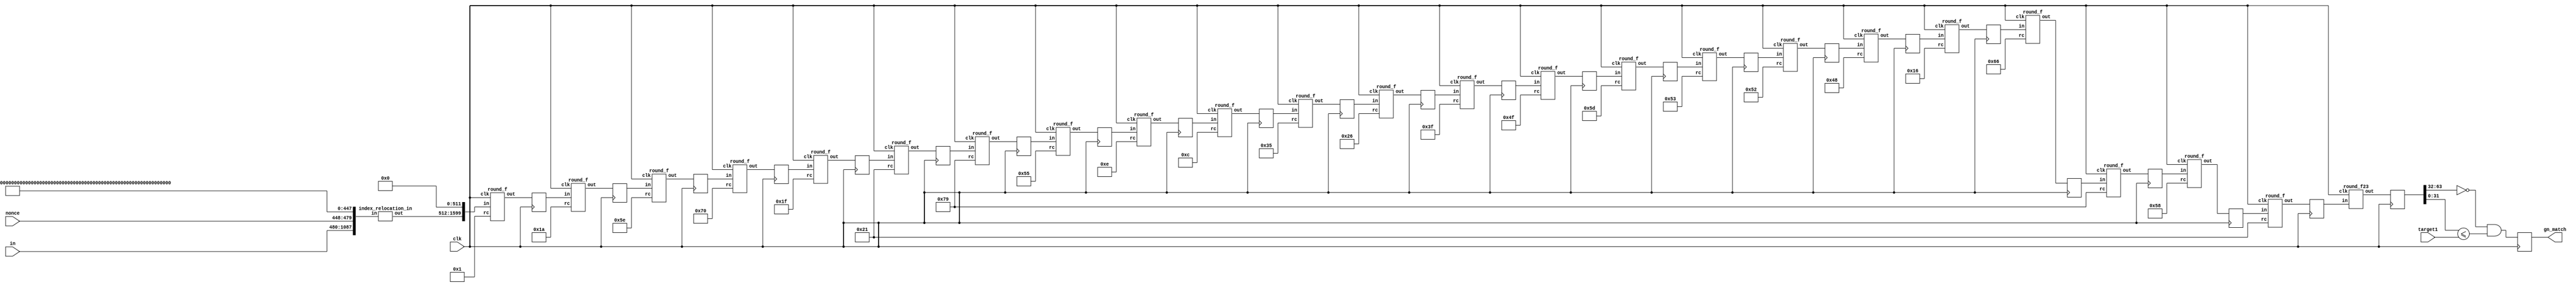
module keccak(clk, in, nonce, target1, gn_match);//target0, 
    input              		clk;
    input		[607:0] 	in;
    input      	[31:0]   	nonce;	
//	input  		[31:0]  	target0; 
	input  		[31:0]  	target1; 
	
	output gn_match;

    wire       [1087:0] padder_out;
    reg	       [63:0] f_out;
    reg       [63:0] 	hash;    

	
	
	index_relocation_in  
		index_relocation_in (.in({in[607:0],nonce,448'h0100000000000000000000000000000000000000000000000000000000000000000000000000000000000000000000000000000000000080}), .out(padder_out));
		
			


						   wire [1599:0] round00_out; 
  reg [1599:0] round01_in; wire [1599:0] round01_out;
  reg [1599:0] round02_in; wire [1599:0] round02_out;
  reg [1599:0] round03_in; wire [1599:0] round03_out;
  reg [1599:0] round04_in; wire [1599:0] round04_out;
  reg [1599:0] round05_in; wire [1599:0] round05_out;
  reg [1599:0] round06_in; wire [1599:0] round06_out;
  reg [1599:0] round07_in; wire [1599:0] round07_out;
  reg [1599:0] round08_in; wire [1599:0] round08_out;
  reg [1599:0] round09_in; wire [1599:0] round09_out;
  reg [1599:0] round10_in; wire [1599:0] round10_out;
  reg [1599:0] round11_in; wire [1599:0] round11_out;
  reg [1599:0] round12_in; wire [1599:0] round12_out;
  reg [1599:0] round13_in; wire [1599:0] round13_out;
  reg [1599:0] round14_in; wire [1599:0] round14_out;
  reg [1599:0] round15_in; wire [1599:0] round15_out;
  reg [1599:0] round16_in; wire [1599:0] round16_out;
  reg [1599:0] round17_in; wire [1599:0] round17_out;
  reg [1599:0] round18_in; wire [1599:0] round18_out;
  reg [1599:0] round19_in; wire [1599:0] round19_out;
  reg [1599:0] round20_in; wire [1599:0] round20_out;
  reg [1599:0] round21_in; wire [1599:0] round21_out;
  reg [1599:0] round22_in; wire [1599:0] round22_out;  
  reg [1599:0] round23_in; wire [63:0] round23_out;	    
	  
	  
	  
	  
	  
  round_f round_f00(.clk(clk), .in({padder_out, 512'b0}), .out(round00_out), .rc(7'b0000001) );
  
  round_f round_f01(.clk(clk), .in(round01_in), .out(round01_out), .rc(7'b0011010) );
  round_f round_f02(.clk(clk), .in(round02_in), .out(round02_out), .rc(7'b1011110) );
  round_f round_f03(.clk(clk), .in(round03_in), .out(round03_out), .rc(7'b1110000) );
  round_f round_f04(.clk(clk), .in(round04_in), .out(round04_out), .rc(7'b0011111) );
  round_f round_f05(.clk(clk), .in(round05_in), .out(round05_out), .rc(7'b0100001) );
  round_f round_f06(.clk(clk), .in(round06_in), .out(round06_out), .rc(7'b1111001) );
  round_f round_f07(.clk(clk), .in(round07_in), .out(round07_out), .rc(7'b1010101) );
  round_f round_f08(.clk(clk), .in(round08_in), .out(round08_out), .rc(7'b0001110) );
  round_f round_f09(.clk(clk), .in(round09_in), .out(round09_out), .rc(7'b0001100) );
  round_f round_f10(.clk(clk), .in(round10_in), .out(round10_out), .rc(7'b0110101) );
  round_f round_f11(.clk(clk), .in(round11_in), .out(round11_out), .rc(7'b0100110) );
  round_f round_f12(.clk(clk), .in(round12_in), .out(round12_out), .rc(7'b0111111) );
  round_f round_f13(.clk(clk), .in(round13_in), .out(round13_out), .rc(7'b1001111) );
  round_f round_f14(.clk(clk), .in(round14_in), .out(round14_out), .rc(7'b1011101) );
  round_f round_f15(.clk(clk), .in(round15_in), .out(round15_out), .rc(7'b1010011) );
  round_f round_f16(.clk(clk), .in(round16_in), .out(round16_out), .rc(7'b1010010) );
  round_f round_f17(.clk(clk), .in(round17_in), .out(round17_out), .rc(7'b1001000) );
  round_f round_f18(.clk(clk), .in(round18_in), .out(round18_out), .rc(7'b0010110) );
  round_f round_f19(.clk(clk), .in(round19_in), .out(round19_out), .rc(7'b1100110) );
  round_f round_f20(.clk(clk), .in(round20_in), .out(round20_out), .rc(7'b1111001) );
  round_f round_f21(.clk(clk), .in(round21_in), .out(round21_out), .rc(7'b1011000) );
  round_f round_f22(.clk(clk), .in(round22_in), .out(round22_out), .rc(7'b0100001) );
  round_f23 round_f23(.clk(clk), .in(round23_in), .out(round23_out) );	//  , .rc(7'b1110100)
	  
	  
	  
	  
	  
    always @ (posedge clk)
		round01_in <= round00_out;	  
		
    always @ (posedge clk)
		round02_in <= round01_out;
	  
    always @ (posedge clk)
		round03_in <= round02_out;	  
		
    always @ (posedge clk)
		round04_in <= round03_out;
		
    always @ (posedge clk)
		round05_in <= round04_out;
		
    always @ (posedge clk)
		round06_in <= round05_out;
		
    always @ (posedge clk)
		round07_in <= round06_out;
		
    always @ (posedge clk)
		round08_in <= round07_out;
		
    always @ (posedge clk)
		round09_in <= round08_out;
		
	always @ (posedge clk)
		round10_in <= round09_out;
		
    always @ (posedge clk)
		round11_in <= round10_out;
		
    always @ (posedge clk)
		round12_in <= round11_out;
		
    always @ (posedge clk)	  
		round13_in <= round12_out;

    always @ (posedge clk)  
		round14_in <= round13_out;
		
    always @ (posedge clk)		
		round15_in <= round14_out;		
		
    always @ (posedge clk)		
		round16_in <= round15_out;	
		
    always @ (posedge clk)
		round17_in <= round16_out;
		
    always @ (posedge clk)
		round18_in <= round17_out;
		
    always @ (posedge clk)	  
		round19_in <= round18_out;		
		
    always @ (posedge clk)
		round20_in <= round19_out;
		
    always @ (posedge clk)
		round21_in <= round20_out;
		
    always @ (posedge clk)
		round22_in <= round21_out;	  
		
    always @ (posedge clk)
		round23_in <= round22_out;	  

    always @ (posedge clk)
		hash      <= round23_out;	  

   
// =============== END UNROLLED ===============
 
reg gn_match_d = 1'b0;
assign gn_match = gn_match_d; 

always @(posedge clk)
begin

gn_match_d <= ((hash[63:32] == 32'h00000000) & (hash[31:0] <= target1));


`ifdef SIM		

if((hash[63:32] == 32'h00000000) & (hash[31:0] <= target1))
begin

$display("hash    %h",hash);


end
			//	

`endif
end	  
	  
	  	
endmodule//keccak





`define add_1(x)            (x == 4 ? 0 : x + 1)
`define add_2(x)            (x == 3 ? 0 : x == 4 ? 1 : x + 2)
`define rot_up(in, n)       {in[63-n:0], in[63:63-n+1]}
`define rot_up_1(in)        {in[62:0], in[63]}

module round_f(clk, in, rc, out);
    input              		clk;
    input  [1599:0] in;
    input  [6:0] rc;/* round constant */
    output [1599:0] out;
	

	wire	[1599:0] d;
	reg		[1599:0] d1;	
    wire  	[63:0]   a[4:0][4:0];
    wire   	[63:0]   b[4:0];
    wire   	[63:0]   c[4:0][4:0], e[4:0][4:0], f[4:0][4:0], g[4:0][4:0];

    genvar x, y;	
	

	
	assign b[0] = in[1599:1536] ^ in[1279:1216] ^ in[959:896] ^ in[639:576] ^ in[319:256];	
	assign b[1] = in[1535:1472] ^ in[1215:1152] ^ in[895:832] ^ in[575:512] ^ in[255:192];	
	assign b[2] = in[1471:1408] ^ in[1151:1088] ^ in[831:768] ^ in[511:448] ^ in[191:128];		
	assign b[3] = in[1407:1344] ^ in[1087:1024] ^ in[767:704] ^ in[447:384] ^ in[127:64];		
	assign b[4] = in[1343:1280] ^ in[1023:960]  ^ in[703:640] ^ in[383:320] ^ in[63:0];	
	

	assign c[0][0] = in[1599:1536] ^ b[4] ^ `rot_up_1(b[1]);
	assign c[1][0] = in[1535:1472] ^ b[0] ^ `rot_up_1(b[2]);	
	assign c[2][0] = in[1471:1408] ^ b[1] ^ `rot_up_1(b[3]);	
	assign c[3][0] = in[1407:1344] ^ b[2] ^ `rot_up_1(b[4]);
	assign c[4][0] = in[1343:1280] ^ b[3] ^ `rot_up_1(b[0]);

	assign c[0][1] = in[1279:1216] ^ b[4] ^ `rot_up_1(b[1]);
	assign c[1][1] = in[1215:1152] ^ b[0] ^ `rot_up_1(b[2]);	
	assign c[2][1] = in[1151:1088] ^ b[1] ^ `rot_up_1(b[3]);	
	assign c[3][1] = in[1087:1024] ^ b[2] ^ `rot_up_1(b[4]);
	assign c[4][1] = in[1023:960]  ^ b[3] ^ `rot_up_1(b[0]);	
	
	assign c[0][2] = in[959:896] ^ b[4] ^ `rot_up_1(b[1]);
	assign c[1][2] = in[895:832] ^ b[0] ^ `rot_up_1(b[2]);	
	assign c[2][2] = in[831:768] ^ b[1] ^ `rot_up_1(b[3]);	
	assign c[3][2] = in[767:704] ^ b[2] ^ `rot_up_1(b[4]);
	assign c[4][2] = in[703:640] ^ b[3] ^ `rot_up_1(b[0]);	
	
	assign c[0][3] = in[639:576] ^ b[4] ^ `rot_up_1(b[1]);
	assign c[1][3] = in[575:512] ^ b[0] ^ `rot_up_1(b[2]);	
	assign c[2][3] = in[511:448] ^ b[1] ^ `rot_up_1(b[3]);	
	assign c[3][3] = in[447:384] ^ b[2] ^ `rot_up_1(b[4]);
	assign c[4][3] = in[383:320] ^ b[3] ^ `rot_up_1(b[0]);	
	
	assign c[0][4] = in[319:256] ^ b[4] ^ `rot_up_1(b[1]);
	assign c[1][4] = in[255:192] ^ b[0] ^ `rot_up_1(b[2]);	
	assign c[2][4] = in[191:128] ^ b[1] ^ `rot_up_1(b[3]);	
	assign c[3][4] = in[127:64]  ^ b[2] ^ `rot_up_1(b[4]);
	assign c[4][4] = in[63:0]    ^ b[3] ^ `rot_up_1(b[0]);	
	
	
	
	
	
    /* calc "d == rho(c)" */
    assign d[1599:1536] = c[0][0];
    assign d[1535:1472] = `rot_up_1(c[1][0]);
    assign d[1471:1408] = `rot_up(c[2][0], 62);
    assign d[1407:1344] = `rot_up(c[3][0], 28);
    assign d[1343:1280] = `rot_up(c[4][0], 27);
    assign d[1279:1216] = `rot_up(c[0][1], 36);
    assign d[1215:1152] = `rot_up(c[1][1], 44);
    assign d[1151:1088] = `rot_up(c[2][1], 6);
    assign d[1087:1024] = `rot_up(c[3][1], 55);
    assign d[1023:960] = `rot_up(c[4][1], 20);
    assign d[959:896] = `rot_up(c[0][2], 3);
    assign d[895:832] = `rot_up(c[1][2], 10);
    assign d[831:768] = `rot_up(c[2][2], 43);
    assign d[767:704] = `rot_up(c[3][2], 25);
    assign d[703:640] = `rot_up(c[4][2], 39);
    assign d[639:576] = `rot_up(c[0][3], 41);
    assign d[575:512] = `rot_up(c[1][3], 45);
    assign d[511:448] = `rot_up(c[2][3], 15);
    assign d[447:384] = `rot_up(c[3][3], 21);
    assign d[383:320] = `rot_up(c[4][3], 8);
    assign d[319:256] = `rot_up(c[0][4], 18);
    assign d[255:192] = `rot_up(c[1][4], 2);
    assign d[191:128] = `rot_up(c[2][4], 61);
    assign d[127:64]  = `rot_up(c[3][4], 56);
    assign d[63:0]    = `rot_up(c[4][4], 14);


    always @ (posedge clk)
		d1      <= d;	
	
    /* calc "e == pi(d)" */
    assign e[0][0] = d1[1599:1536];
    assign e[0][2] = d1[1535:1472];
    assign e[0][4] = d1[1471:1408];
    assign e[0][1] = d1[1407:1344];
    assign e[0][3] = d1[1343:1280];
    assign e[1][3] = d1[1279:1216];
    assign e[1][0] = d1[1215:1152];
    assign e[1][2] = d1[1151:1088];
    assign e[1][4] = d1[1087:1024];
    assign e[1][1] = d1[1023:960];
    assign e[2][1] = d1[959:896];
    assign e[2][3] = d1[895:832];
    assign e[2][0] = d1[831:768];
    assign e[2][2] = d1[767:704];
    assign e[2][4] = d1[703:640];
    assign e[3][4] = d1[639:576];
    assign e[3][1] = d1[575:512];
    assign e[3][3] = d1[511:448];
    assign e[3][0] = d1[447:384];
    assign e[3][2] = d1[383:320];
    assign e[4][2] = d1[319:256];
    assign e[4][4] = d1[255:192];
    assign e[4][1] = d1[191:128];
    assign e[4][3] = d1[127:64];
    assign e[4][0] = d1[63:0];

    /* calc "f = chi(e)" */
    generate
      for(y=0; y<5; y=y+1)
        begin : L5
          for(x=0; x<5; x=x+1)
            begin : L6
              assign f[x][y] = e[x][y] ^ ((~ e[`add_1(x)][y]) & e[`add_2(x)][y]);
            end
        end
    endgenerate


    assign g[0][0][0] = f[0][0][0] ^ rc[0];	
    assign g[0][0][1] = f[0][0][1] ^ rc[1];		
    assign g[0][0][2] = f[0][0][2];	
    assign g[0][0][3] = f[0][0][3] ^ rc[2];		
    assign g[0][0][4] = f[0][0][4];
    assign g[0][0][5] = f[0][0][5];
    assign g[0][0][6] = f[0][0][6];
    assign g[0][0][7] = f[0][0][7] ^ rc[3];		
    assign g[0][0][8] = f[0][0][8];	
    assign g[0][0][9] = f[0][0][9];	
    assign g[0][0][10] = f[0][0][10];	
    assign g[0][0][11] = f[0][0][11];	
    assign g[0][0][12] = f[0][0][12];
    assign g[0][0][13] = f[0][0][13];
    assign g[0][0][14] = f[0][0][14];	
    assign g[0][0][15] = f[0][0][15] ^ rc[4];	
    assign g[0][0][16] = f[0][0][16];
    assign g[0][0][17] = f[0][0][17];	
    assign g[0][0][18] = f[0][0][18];	
    assign g[0][0][19] = f[0][0][19];	
    assign g[0][0][20] = f[0][0][20];	
    assign g[0][0][21] = f[0][0][21];	
    assign g[0][0][22] = f[0][0][22];	
    assign g[0][0][23] = f[0][0][23];	
    assign g[0][0][24] = f[0][0][24];	
    assign g[0][0][25] = f[0][0][25];	
    assign g[0][0][26] = f[0][0][26];	
    assign g[0][0][27] = f[0][0][27];
    assign g[0][0][28] = f[0][0][28];
    assign g[0][0][29] = f[0][0][29];
    assign g[0][0][30] = f[0][0][30];	
    assign g[0][0][31] = f[0][0][31] ^ rc[5];	
    assign g[0][0][32] = f[0][0][32];
    assign g[0][0][33] = f[0][0][33];	
    assign g[0][0][34] = f[0][0][34];	
    assign g[0][0][35] = f[0][0][35];	
    assign g[0][0][36] = f[0][0][36];	
    assign g[0][0][37] = f[0][0][37];	
    assign g[0][0][38] = f[0][0][38];	
    assign g[0][0][39] = f[0][0][39];	
    assign g[0][0][40] = f[0][0][40];	
    assign g[0][0][41] = f[0][0][41];	
    assign g[0][0][42] = f[0][0][42];
    assign g[0][0][43] = f[0][0][43];
    assign g[0][0][44] = f[0][0][44];
    assign g[0][0][45] = f[0][0][45];
    assign g[0][0][46] = f[0][0][46];
    assign g[0][0][47] = f[0][0][47];
    assign g[0][0][48] = f[0][0][48];
    assign g[0][0][49] = f[0][0][49];
    assign g[0][0][50] = f[0][0][50];
    assign g[0][0][51] = f[0][0][51];
    assign g[0][0][52] = f[0][0][52];
    assign g[0][0][53] = f[0][0][53];
    assign g[0][0][54] = f[0][0][54];
    assign g[0][0][55] = f[0][0][55];
    assign g[0][0][56] = f[0][0][56];
    assign g[0][0][57] = f[0][0][57];
    assign g[0][0][58] = f[0][0][58];
    assign g[0][0][59] = f[0][0][59];
    assign g[0][0][60] = f[0][0][60];	
    assign g[0][0][61] = f[0][0][61];	
    assign g[0][0][62] = f[0][0][62];	
    assign g[0][0][63] = f[0][0][63] ^ rc[6];	
	
	
	
	
    generate
      for(y=0; y<5; y=y+1)
        begin : L7
          for(x=0; x<5; x=x+1)
            begin : L8
              if(x!=0 || y!=0)
                assign g[x][y] = f[x][y];
            end
        end
    endgenerate


	
	assign out[1599:1536] = g[0][0];
	assign out[1535:1472] = g[1][0];	
	assign out[1471:1408] = g[2][0];		
	assign out[1407:1344] = g[3][0];		
	assign out[1343:1280] = g[4][0];		
	
	assign out[1279:1216] = g[0][1];
	assign out[1215:1152] = g[1][1];	
	assign out[1151:1088] = g[2][1];		
	assign out[1087:1024] = g[3][1];		
	assign out[1023:960] = g[4][1];			
	
	assign out[959:896] = g[0][2];
	assign out[895:832] = g[1][2];	
	assign out[831:768] = g[2][2];		
	assign out[767:704] = g[3][2];		
	assign out[703:640] = g[4][2];		

	assign out[639:576] = g[0][3];
	assign out[575:512] = g[1][3];	
	assign out[511:448] = g[2][3];		
	assign out[447:384] = g[3][3];		
	assign out[383:320] = g[4][3];	
	
	assign out[319:256] = g[0][4];
	assign out[255:192] = g[1][4];	
	assign out[191:128] = g[2][4];		
	assign out[127:64] = g[3][4];		
	assign out[63:0] = g[4][4];			
	

	
endmodule

`undef add_1
`undef add_2
`undef rot_up











`define rot_up(in, n)       {in[63-n:0], in[63:63-n+1]}

module round_f23(clk, in, out);//rc, 
    input              		clk;
    input  [1599:0] in;
//    input  [6:0] rc;/* round constant */
    output [63:0] out;
	

	wire	[63:0] d1;
	wire	[63:0] d2;	
	wire	[63:0] d3;	
	
	
	reg		[63:0] d11;	
	reg		[63:0] d22;
	reg		[63:0] d33;	
	
    wire  	[63:0]   a[4:0][4:0];
    wire   	[63:0]   b[4:0];
    wire   	[63:0]   c[4:0][4:0], e[4:0][4:0], f[4:0][4:0], g[4:0][4:0];

    genvar x, y;	
	

	
	assign b[0] = in[1599:1536] ^ in[1279:1216] ^ in[959:896] ^ in[639:576] ^ in[319:256];	
	assign b[1] = in[1535:1472] ^ in[1215:1152] ^ in[895:832] ^ in[575:512] ^ in[255:192];	
	assign b[2] = in[1471:1408] ^ in[1151:1088] ^ in[831:768] ^ in[511:448] ^ in[191:128];		
	assign b[3] = in[1407:1344] ^ in[1087:1024] ^ in[767:704] ^ in[447:384] ^ in[127:64];		
	assign b[4] = in[1343:1280] ^ in[1023:960]  ^ in[703:640] ^ in[383:320] ^ in[63:0];	
	

	assign c[0][0] = in[1599:1536] ^ b[4] ^ `rot_up_1(b[1]);

	assign c[3][3] = in[447:384] ^ b[2] ^ `rot_up_1(b[4]);

	assign c[4][4] = in[63:0]    ^ b[3] ^ `rot_up_1(b[0]);	
	
	
	
	
	
    /* calc "d == rho(c)" */
    assign d1[63:0] = c[0][0];

    assign d2[63:0] = `rot_up(c[3][3], 21);

    assign d3[63:0]    = `rot_up(c[4][4], 14);

    always @ (posedge clk)
	begin
		d11      <= d1;	
		d22      <= d2;			
		d33      <= d3;			
	end
	
    /* calc "e == pi(d)" */
    assign e[0][0] = d11[63:0];
    assign e[3][0] = d22[63:0];
    assign e[4][0] = d33[63:0];

	
    /* calc "f = chi(e)" */
    assign f[3][0] = e[3][0] ^ ((~ e[4][0]) & e[0][0]);
		

	assign out[63:0] = f[3][0];			
	

	
endmodule

`undef rot_up
`undef rot_up_1










/* reorder byte ~ ~ */
`define low_pos(w,b)      ((w)*64 + (b)*8)
`define low_pos2(w,b)     `low_pos(w,7-b)
`define high_pos(w,b)     (`low_pos(w,b) + 7)
`define high_pos2(w,b)    (`low_pos2(w,b) + 7)

module index_relocation_in(in, out);
  input  [1087:0] in;
  output [1087:0] out;
    genvar w, b;
	
    generate
      for(w=0; w<17; w=w+1)
        begin : L2
          for(b=0; b<8; b=b+1)
            begin : L3
              assign out[`high_pos(w,b):`low_pos(w,b)] = in[`high_pos2(w,b):`low_pos2(w,b)];
            end
        end
    endgenerate  
  
 endmodule // index_relocation_in

`undef low_pos
`undef low_pos2
`undef high_pos
`undef high_pos2